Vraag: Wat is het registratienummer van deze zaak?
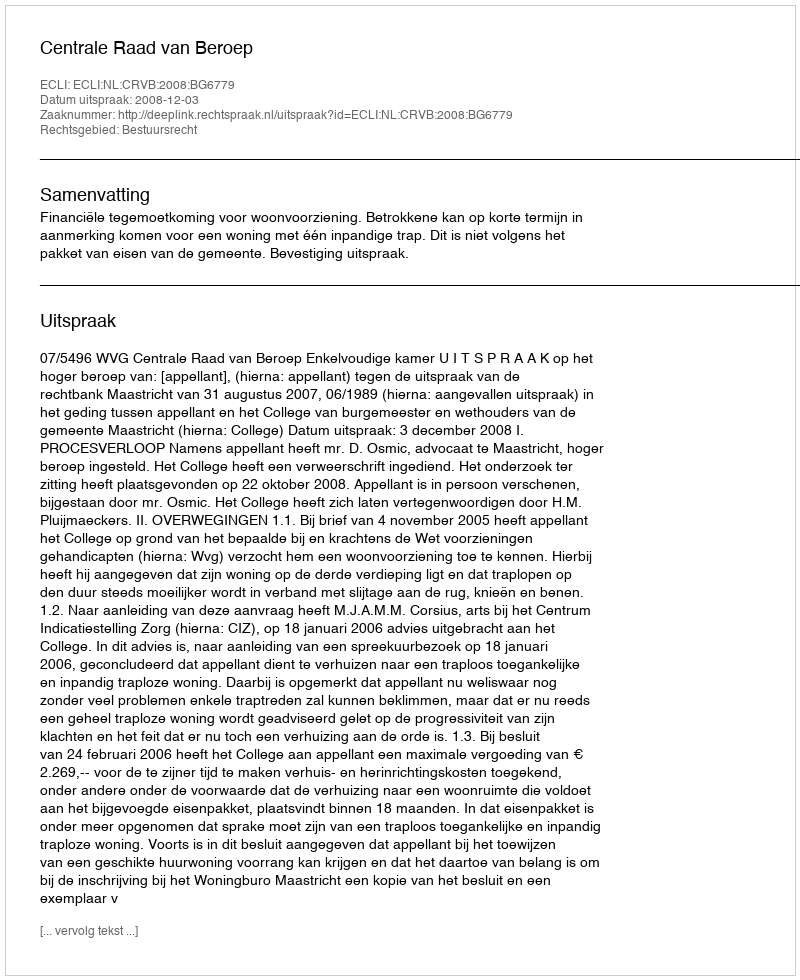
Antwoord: http://deeplink.rechtspraak.nl/uitspraak?id=ECLI:NL:CRVB:2008:BG6779